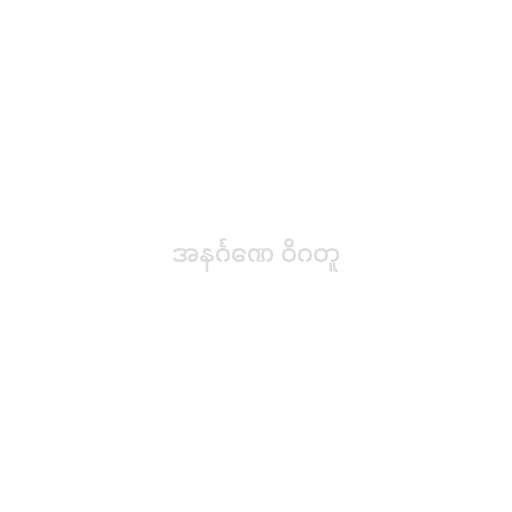
အနင်္ဂဏေ ဝိဂတူ